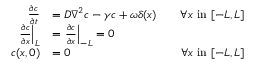
\begin{array} { r l r } { \frac { \partial c } { \partial t } } & { = D \nabla ^ { 2 } c - \gamma c + \omega \delta ( x ) } & { \quad \forall x \mathrm { ~ i n ~ } [ - L , L ] } \\ { \left. \frac { \partial c } { \partial x } \right| _ { L } } & { = \left. \frac { \partial c } { \partial x } \right| _ { - L } = 0 } \\ { c ( x , 0 ) } & { = 0 } & { \forall x \mathrm { ~ i n ~ } [ - L , L ] } \end{array}